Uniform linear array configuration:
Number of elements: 8
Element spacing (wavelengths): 1
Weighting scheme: cosine
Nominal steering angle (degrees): -45
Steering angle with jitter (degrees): -45.796
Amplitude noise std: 0.05
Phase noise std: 0.05

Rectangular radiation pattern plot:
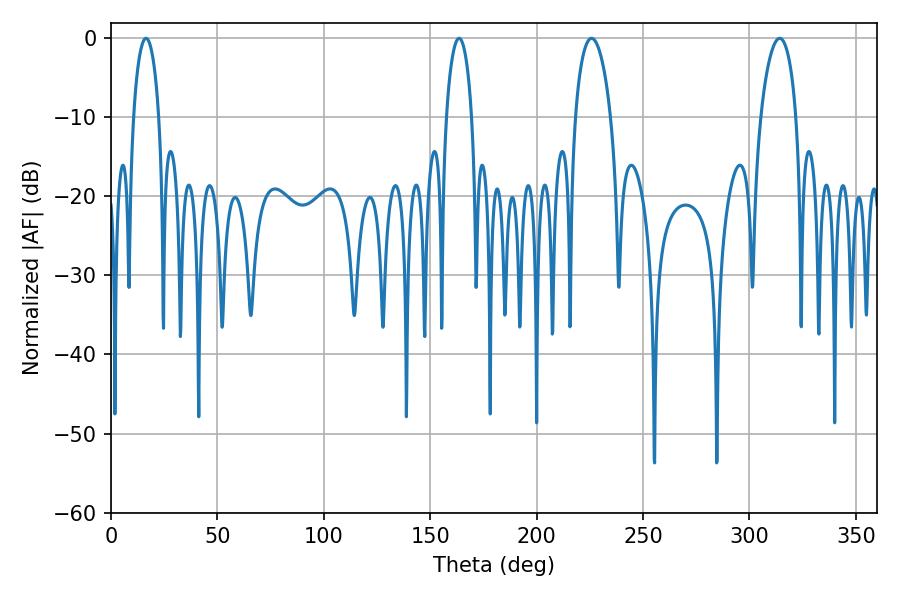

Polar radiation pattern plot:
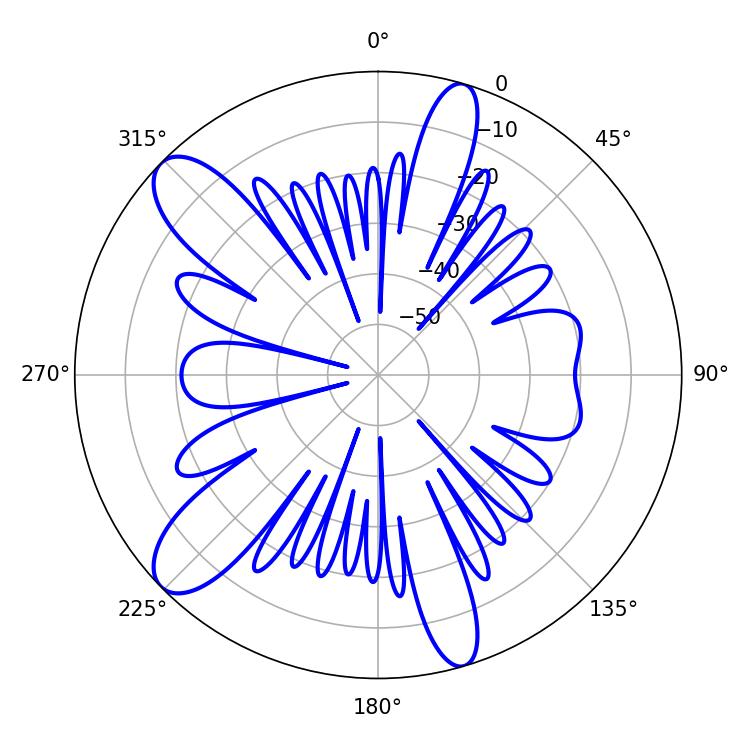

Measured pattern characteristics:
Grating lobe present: TRUE
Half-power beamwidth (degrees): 9.54
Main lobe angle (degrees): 314.28